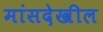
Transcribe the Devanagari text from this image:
मांसदेखील